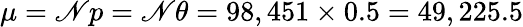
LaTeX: \textstyle\mu=\mathscr{N}p=\mathscr{N}\theta=98,451\times0.5=49,225.5